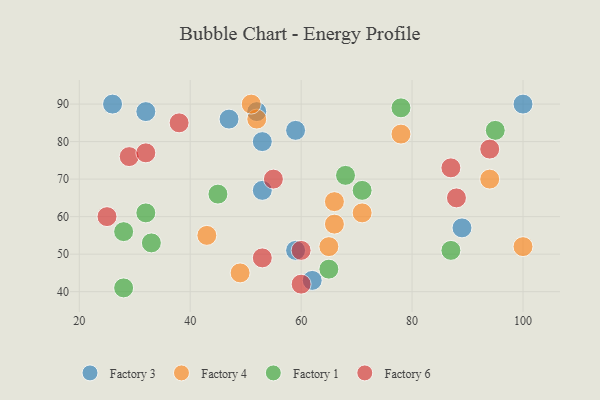
{"axis": {"x": "GDP", "y": "Life Expectancy"}, "legend": ["Factory 1", "Factory 3", "Factory 4", "Factory 6"], "data": [{"x": "89", "y": 57, "type": "Factory 3"}, {"x": "52", "y": 88, "type": "Factory 3"}, {"x": "62", "y": 43, "type": "Factory 3"}, {"x": "32", "y": 88, "type": "Factory 3"}, {"x": "47", "y": 86, "type": "Factory 3"}, {"x": "59", "y": 51, "type": "Factory 3"}, {"x": "53", "y": 80, "type": "Factory 3"}, {"x": "26", "y": 90, "type": "Factory 3"}, {"x": "100", "y": 90, "type": "Factory 3"}, {"x": "59", "y": 83, "type": "Factory 3"}, {"x": "53", "y": 67, "type": "Factory 3"}, {"x": "94", "y": 70, "type": "Factory 4"}, {"x": "52", "y": 86, "type": "Factory 4"}, {"x": "43", "y": 55, "type": "Factory 4"}, {"x": "65", "y": 52, "type": "Factory 4"}, {"x": "100", "y": 52, "type": "Factory 4"}, {"x": "49", "y": 45, "type": "Factory 4"}, {"x": "66", "y": 64, "type": "Factory 4"}, {"x": "51", "y": 90, "type": "Factory 4"}, {"x": "66", "y": 58, "type": "Factory 4"}, {"x": "78", "y": 82, "type": "Factory 4"}, {"x": "71", "y": 61, "type": "Factory 4"}, {"x": "71", "y": 67, "type": "Factory 1"}, {"x": "87", "y": 51, "type": "Factory 1"}, {"x": "33", "y": 53, "type": "Factory 1"}, {"x": "65", "y": 46, "type": "Factory 1"}, {"x": "32", "y": 61, "type": "Factory 1"}, {"x": "68", "y": 71, "type": "Factory 1"}, {"x": "78", "y": 89, "type": "Factory 1"}, {"x": "28", "y": 56, "type": "Factory 1"}, {"x": "28", "y": 41, "type": "Factory 1"}, {"x": "45", "y": 66, "type": "Factory 1"}, {"x": "95", "y": 83, "type": "Factory 1"}, {"x": "60", "y": 51, "type": "Factory 6"}, {"x": "25", "y": 60, "type": "Factory 6"}, {"x": "87", "y": 73, "type": "Factory 6"}, {"x": "60", "y": 42, "type": "Factory 6"}, {"x": "94", "y": 78, "type": "Factory 6"}, {"x": "55", "y": 70, "type": "Factory 6"}, {"x": "38", "y": 85, "type": "Factory 6"}, {"x": "53", "y": 49, "type": "Factory 6"}, {"x": "29", "y": 76, "type": "Factory 6"}, {"x": "88", "y": 65, "type": "Factory 6"}, {"x": "32", "y": 77, "type": "Factory 6"}]}